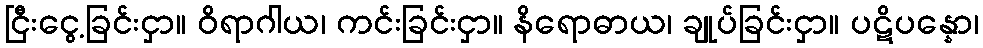
ငြီးငွေ့ခြင်းငှာ။ ဝိရာဂါယ၊ ကင်းခြင်းငှာ။ နိရောဓာယ၊ ချုပ်ခြင်းငှာ။ ပဋိပန္နော၊